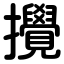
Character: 攪